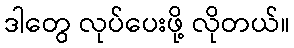
ဒါတွေ လုပ်ပေးဖို့ လိုတယ်။